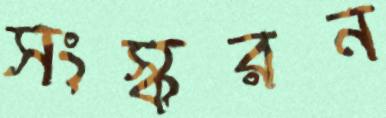
সংস্করন